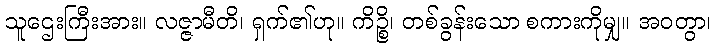
သူဌေးကြီးအား။ လဇ္ဇာမီတိ၊ ရှက်၏ဟု။ ကိဉ္စိ၊ တစ်ခွန်းသော စကားကိုမျှ။ အဝတွာ၊